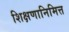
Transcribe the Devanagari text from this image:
शिक्षणानिमित्त